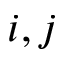
i , j